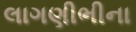
લાગણીભીના